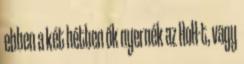
ebben a két hétben ők nyernék az HoH-t, vagy